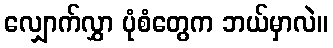
လျှောက်လွှာ ပုံစံတွေက ဘယ်မှာလဲ။